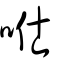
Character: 𠱊